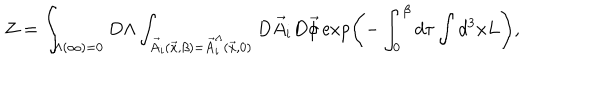
{ \cal Z } = \int _ { \Lambda ( \infty ) = 0 } D \Lambda \int _ { { \vec { A } } _ { i } ( { \vec { x } } , \beta ) = { \vec { A } } _ { i } ^ { \Lambda } ( { \vec { x } } , 0 ) } { D } { \vec { A } } _ { i } D { \vec { \phi } } \exp \left( - \int _ { 0 } ^ { \beta } d \tau \int d ^ { 3 } x L \right) ,